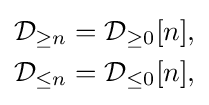
{\begin{aligned}{\mathcal {D}}_{\geq n}&={\mathcal {D}}_{\geq 0}[n],\\{\mathcal {D}}_{\leq n}&={\mathcal {D}}_{\leq 0}[n],\end{aligned}}